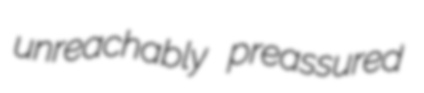
unreachably preassured